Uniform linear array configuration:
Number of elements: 48
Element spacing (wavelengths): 0.75
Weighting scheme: cosine
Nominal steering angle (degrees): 30
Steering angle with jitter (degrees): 29.032
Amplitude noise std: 0.05
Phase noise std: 0.05

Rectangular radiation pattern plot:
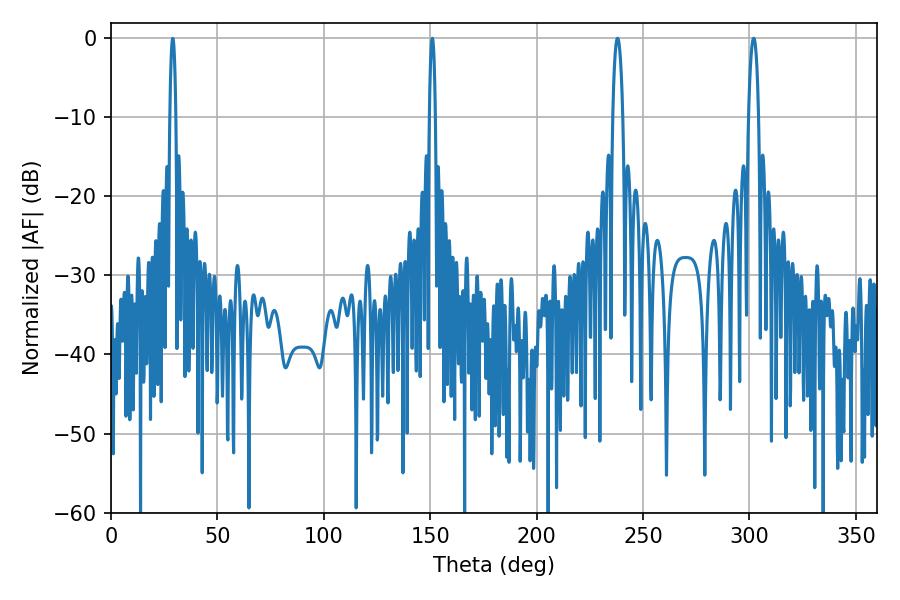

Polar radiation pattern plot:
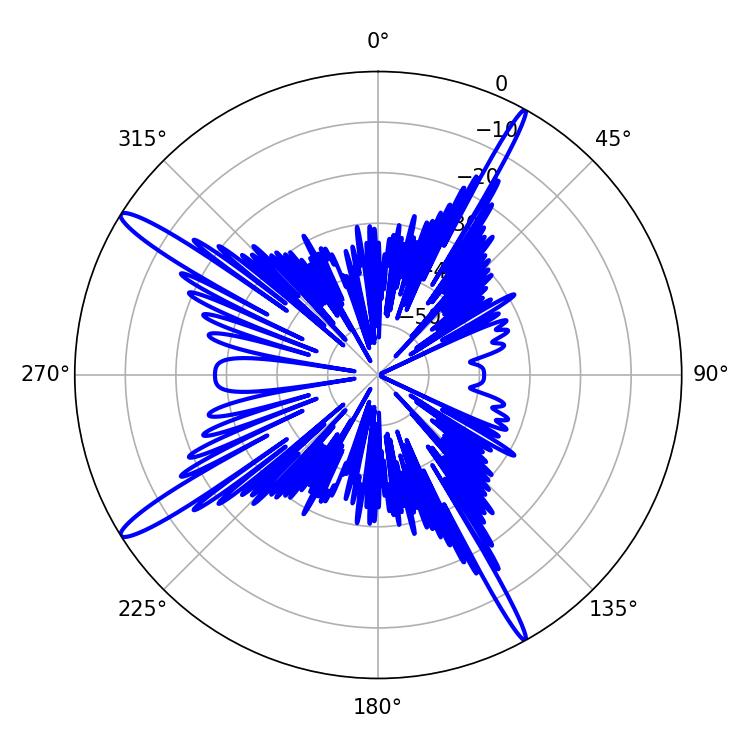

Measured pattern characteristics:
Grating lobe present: TRUE
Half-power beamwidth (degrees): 2.7
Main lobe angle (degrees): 237.96